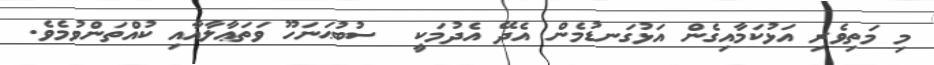
މި މަތިވެރި އަޅުކަމާއިގެން އަޅުގަނޑުމެން އެދޭ އެދުމަކީ  ސުބުޙަނަހޫ ވަތަޢާލާއާއި ކުއްތަންވުމެވެ.